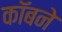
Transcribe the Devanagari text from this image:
कॉबने